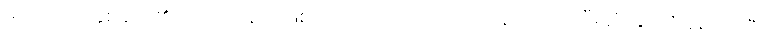
ဒုတိယော၊ နှစ်ခုတို့၏ ပြည့်ကြောင်းဖြစ်သော။ ဝဂ္ဂေါ၊ ဝဂ်သည်။ နိဋ္ဌိတော၊ ပြီးဆုံးခြင်သို့ ရောက်ပြီ။